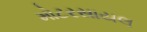
મોટરસાયલ